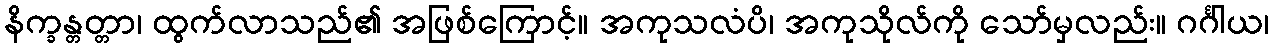
နိက္ခန္တတ္တာ၊ ထွက်လာသည်၏ အဖြစ်ကြောင့်။ အကုသလံပိ၊ အကုသိုလ်ကို သော်မှလည်း။ ဂင်္ဂါယ၊